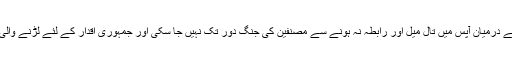
انہوں نے کہا کہ ایوارڈ لوٹانےوالے مصنفین کے درمیان آپس میں تال میل اور رابطہ نہ ہونے سے مصنفین کی جنگ دور تک نہیں جا سکی اور جمہوری اقدار کے لئے لڑنے والی جماعتوں نے بھی اس جنگ میں مدد نہیں کی۔